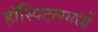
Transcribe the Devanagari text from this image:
हॉस्पिटलमध्यें